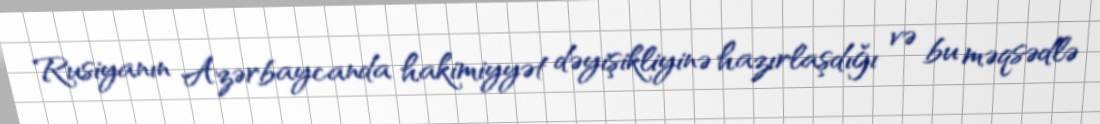
Rusiyanın Azərbaycanda hakimiyyət dəyişikliyinə hazırlaşdığı və bu məqsədlə